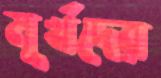
মূর্খদের